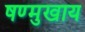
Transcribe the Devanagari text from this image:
षण्मुखाय